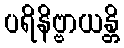
ပရိနိဗ္ဗာယန္တိ